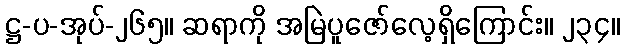
ဋ္ဌ-ပ-အုပ်-၂၆၅။ ဆရာကို အမြဲပူဇော်လေ့ရှိကြောင်း။ ၂၃၄။